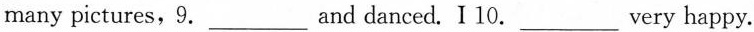
many pictures,9.___and danced. I 10.___very happy.